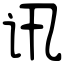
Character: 讯